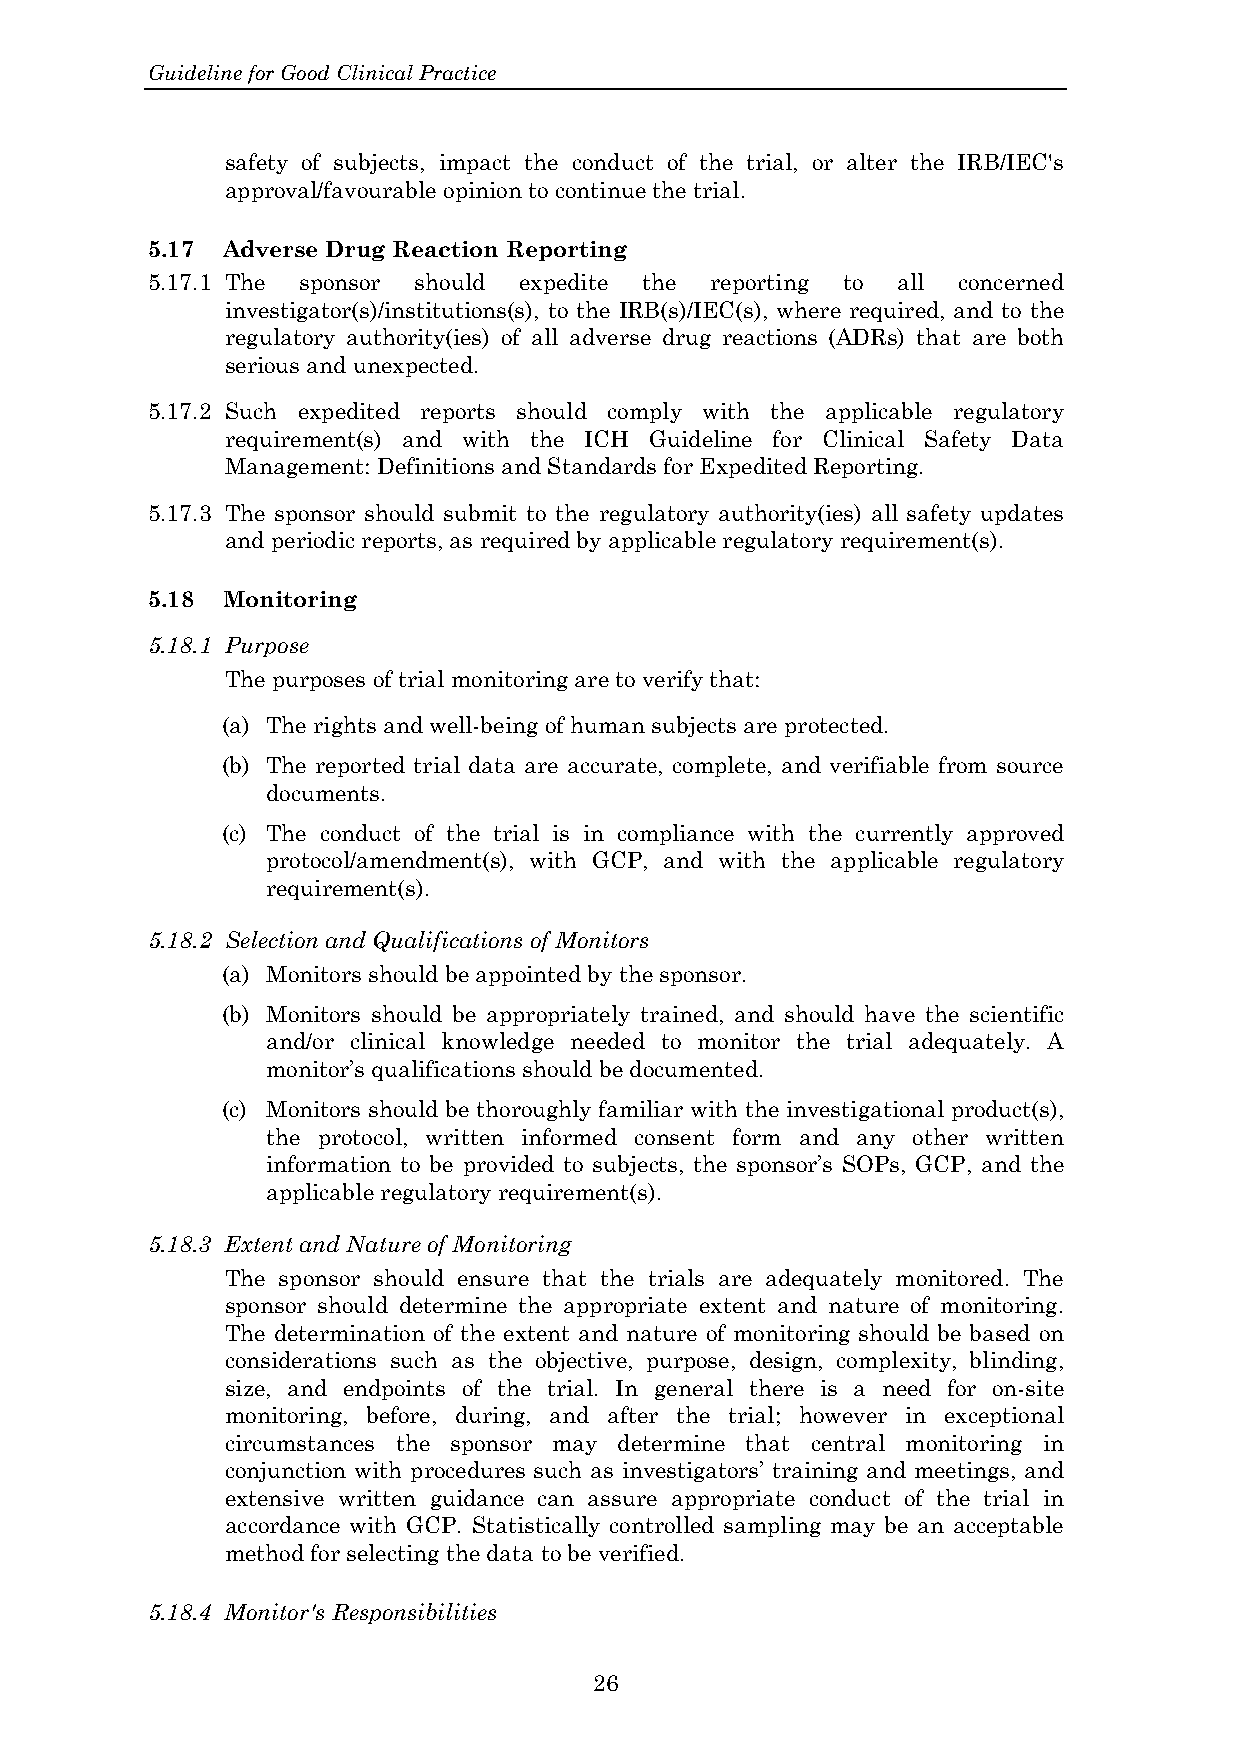
Guideline for Good Clinical Practice
 safety of subjects, impact the conduct of the trial, or alter the IRB/IEC's
 approval/favourable opinion to continue the trial.
 5.17 Adverse Drug Reaction Reporting
 5.17.1 The sponsor should expedite the reporting to all concerned
 investigator(s)/institutions(s), to the IRB(s)/IEC(s), where required, and to the
 regulatory authority(ies) of all adverse drug reactions (ADRs) that are both
 serious and unexpected.
 5.17.2 Such expedited reports should comply with the applicable regulatory
 requirement(s) and with the ICH Guideline for Clinical Safety Data
 Management: Definitions and Standards for Expedited Reporting.
 5.17.3 The sponsor should submit to the regulatory authority(ies) all safety updates
 and periodic reports, as required by applicable regulatory requirement(s).
 5.18 Monitoring
 5.18.1 Purpose
 The purposes of trial monitoring are to verify that:
 (a) The rights and well-being of human subjects are protected.
 (b) The reported trial data are accurate, complete, and verifiable from source
 documents.
 (c) The conduct of the trial is in compliance with the currently approved
 protocol/amendment(s), with GCP, and with the applicable regulatory
 requirement(s).
 5.18.2 Selection and Qualifications of Monitors
 (a) Monitors should be appointed by the sponsor.
 (b) Monitors should be appropriately trained, and should have the scientific
 and/or clinical knowledge needed to monitor the trial adequately. A
 monitor’s qualifications should be documented.
 (c) Monitors should be thoroughly familiar with the investigational product(s),
 the protocol, written informed consent form and any other written
 information to be provided to subjects, the sponsor’s SOPs, GCP, and the
 applicable regulatory requirement(s).
 5.18.3 Extent and Nature of Monitoring
 The sponsor should ensure that the trials are adequately monitored. The
 sponsor should determine the appropriate extent and nature of monitoring.
 The determination of the extent and nature of monitoring should be based on
 considerations such as the objective, purpose, design, complexity, blinding,
 size, and endpoints of the trial. In general there is a need for on-site
 monitoring, before, during, and after the trial; however in exceptional
 circumstances the sponsor may determine that central monitoring in
 conjunction with procedures such as investigators’ training and meetings, and
 extensive written guidance can assure appropriate conduct of the trial in
 accordance with GCP. Statistically controlled sampling may be an acceptable
 method for selecting the data to be verified.
 5.18.4 Monitor's Responsibilities
 26